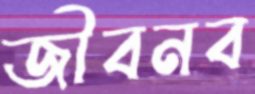
জীবনব